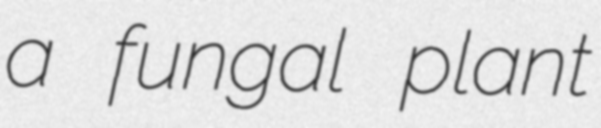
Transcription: a fungal plant